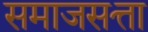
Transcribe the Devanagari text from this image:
समाजसत्ता